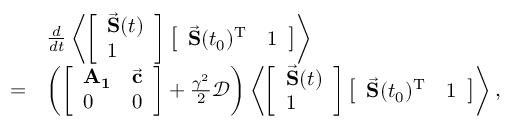
\begin{array} { r l } & { \frac { d } { d t } \left< \left[ \begin{array} { l } { \vec { \mathbf { S } } ( t ) } \\ { 1 } \end{array} \right] \left[ \begin{array} { l l } { \vec { \mathbf { S } } ( t _ { 0 } ) ^ { \mathrm { T } } } & { 1 } \end{array} \right] \right> } \\ { = } & { \left( \left[ \begin{array} { l l } { \mathbf { A _ { 1 } } } & { \vec { \mathbf { c } } } \\ { 0 } & { 0 } \end{array} \right] + \frac { \gamma ^ { 2 } } 2 \mathcal { D } \right) \left< \left[ \begin{array} { l } { \vec { \mathbf { S } } ( t ) } \\ { 1 } \end{array} \right] \left[ \begin{array} { l l } { \vec { \mathbf { S } } ( t _ { 0 } ) ^ { \mathrm { T } } } & { 1 } \end{array} \right] \right> , } \end{array}